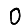
Digit: 0